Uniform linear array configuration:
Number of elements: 16
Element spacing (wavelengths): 0.75
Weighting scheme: cosine
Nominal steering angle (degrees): -15
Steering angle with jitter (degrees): -15.957
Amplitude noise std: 0.05
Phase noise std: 0.05

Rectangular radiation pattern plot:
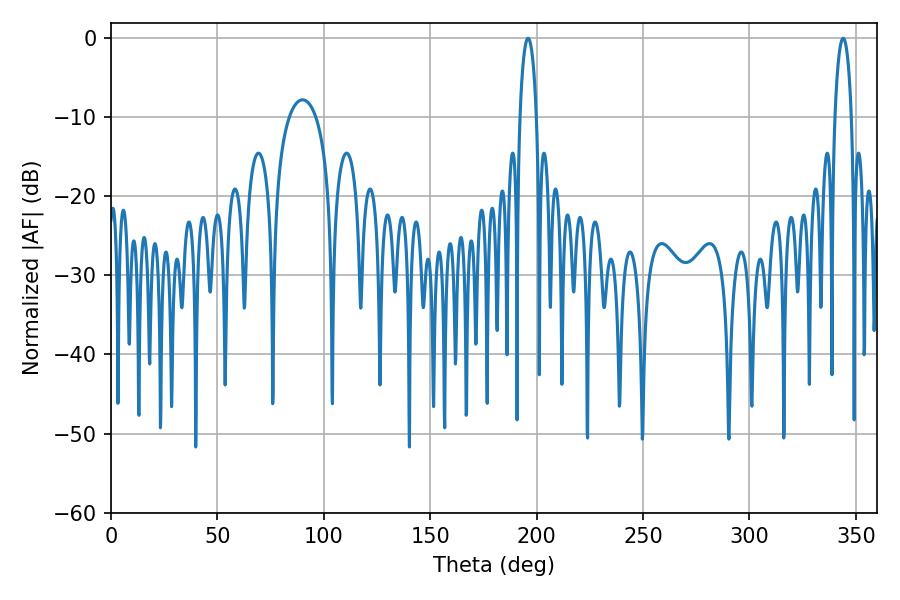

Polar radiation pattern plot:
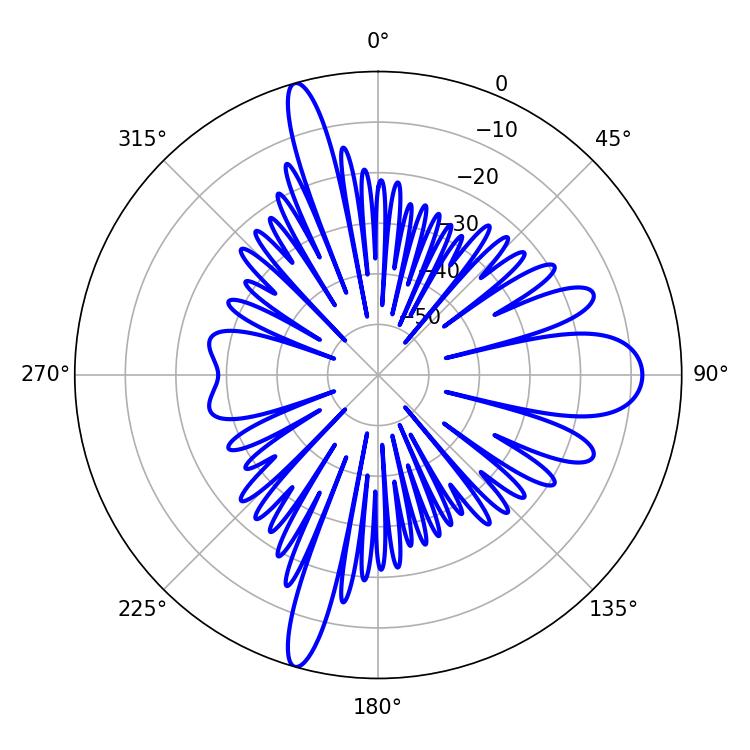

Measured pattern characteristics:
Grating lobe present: TRUE
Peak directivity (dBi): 29.751
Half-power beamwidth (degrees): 4.32
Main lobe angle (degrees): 343.98